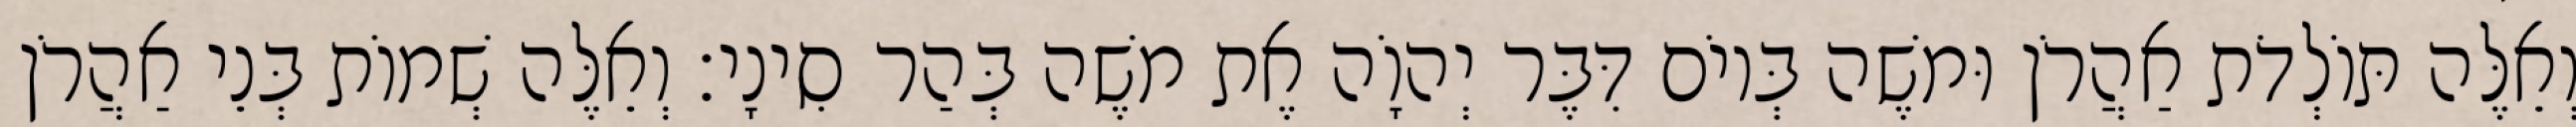
וְאֵלֶּה תּוֹלְדֹת אַהֲרֹן וּמשֶׁה בְּיוֹם דִּבֶּר יְהוָֹה אֶת משֶׁה בְּהַר סִינָי׃ וְאֵלֶּה שְׁמוֹת בְּנֵי אַהֲרֹן